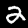
Digit: 2